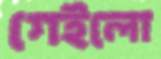
গেইলো